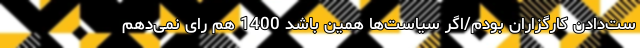
ست‌دادن کارگزاران بودم/اگر سیاست‌ها همین باشد 1400 هم رای نمی‌دهم